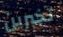
تخبرين